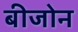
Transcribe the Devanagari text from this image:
बीजोन